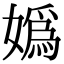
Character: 媯